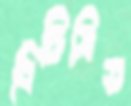
বিচিত্রিত